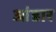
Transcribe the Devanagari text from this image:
आंडार